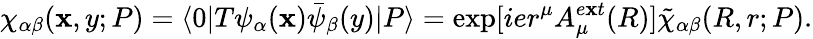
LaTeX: \chi_{\alpha\beta}(\mathbf{x},y;P)=\langle0|T\psi_{\alpha}(\mathbf{x}){\bar{{\psi}}}_{\beta}(y)|P\rangle=\exp[ier^{\mu}A_{\mu}^{e\mathbf{x}t}(R)]\tilde{{\chi}}_{\alpha\beta}(R,r;P).